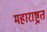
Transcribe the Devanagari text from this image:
महाराष्ट्रत